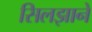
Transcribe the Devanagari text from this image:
सिलझाने